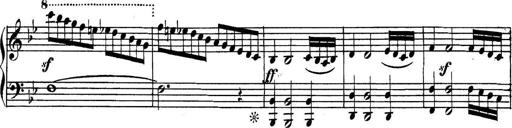
Title: Collected Piano Sonatas
Composer: Muzio Clementi